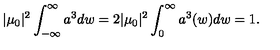
| \mu _ { 0 } | ^ { 2 } \int _ { - \infty } ^ { \infty } a ^ { 3 } d w = 2 | \mu _ { 0 } | ^ { 2 } \int _ { 0 } ^ { \infty } a ^ { 3 } ( w ) d w = 1 .